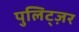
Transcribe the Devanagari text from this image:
पुलिट्ज़र